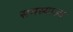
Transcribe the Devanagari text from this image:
समस्याआ